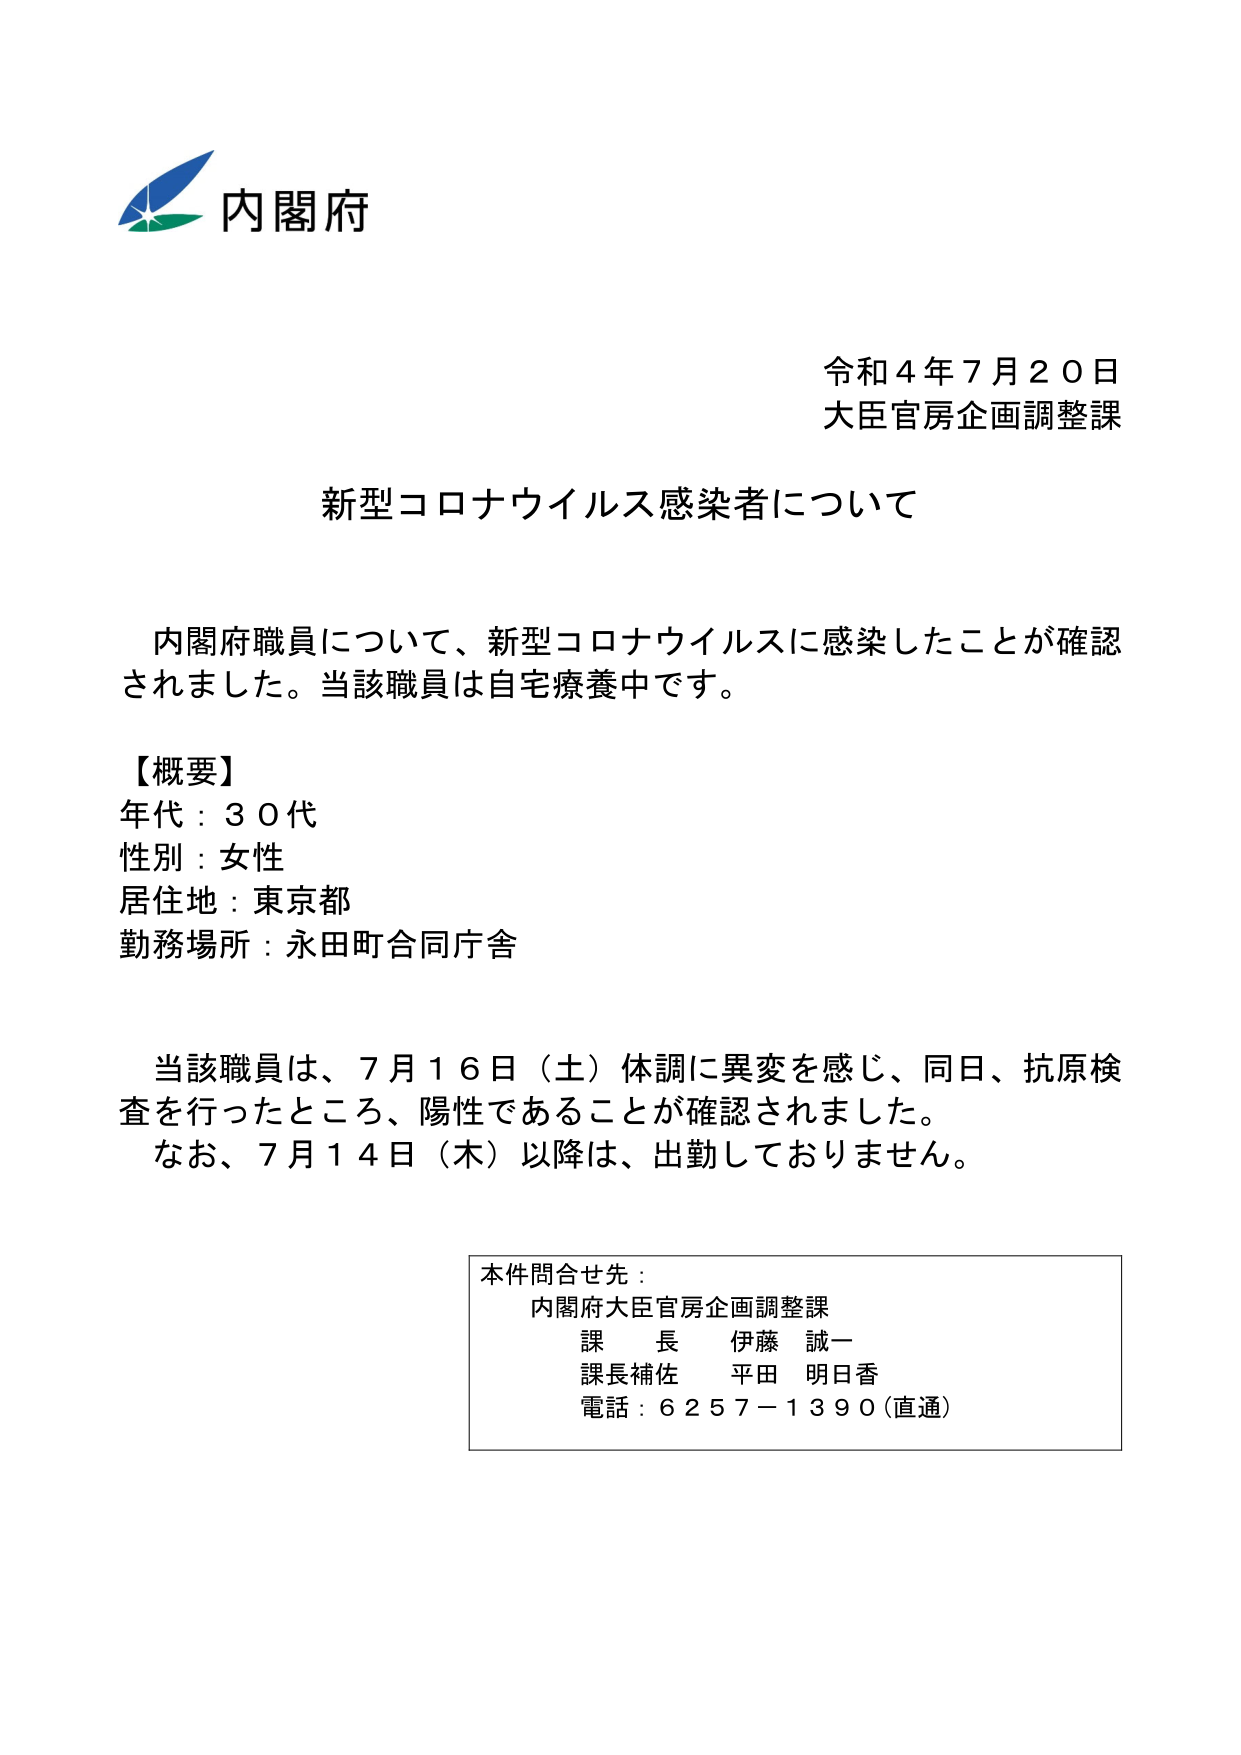
内閣府
令和４年７月２０日
大臣官房企画調整課
新型コロナウイルス感染者について

内閣府職員について、新型コロナウイルスに感染したことが確認されました。当該職員は自宅療養中です。

【概要】
年代：３０代
性別：女性
居住地：東京都
勤務場所：永田町合同庁舎

当該職員は、７月１６日（土）体調に異変を感じ、同日、抗原検査を行ったところ、陽性であることが確認されました。
なお、７月１４日（木）以降は、出勤しておりません。

本件問合せ先：
内閣府大臣官房企画調整課
課長 伊藤 誠一
課長補佐 平田 明日香
電話：６２５７－１３９０（直通）